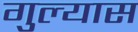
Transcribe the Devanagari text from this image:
गुल्यास